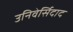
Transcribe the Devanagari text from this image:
उनिवेर्सिदाद